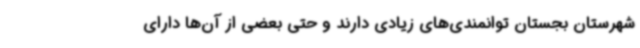
شهرستان بجستان توانمندی‌های زیادی دارند و حتی بعضی از آن‌ها دارای